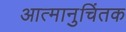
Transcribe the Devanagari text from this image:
आत्मानुचिंतक